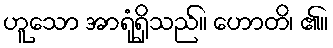
ဟူသော အာရုံရှိသည်။ ဟောတိ၊ ၏။